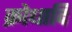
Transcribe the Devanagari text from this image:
क्रोधादि